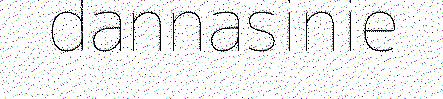
dannasinie